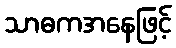
သာဓကအနေဖြင့်